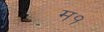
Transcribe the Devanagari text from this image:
म१